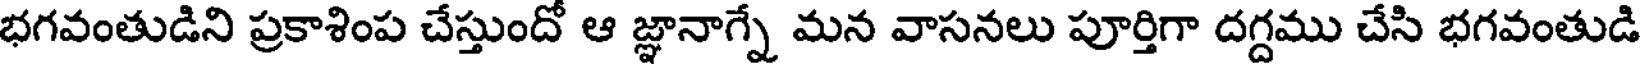
భగవంతుడిని ప్రకాశింప చేస్తుందో ఆ జ్ఞానాగ్నే మన వాసనలు పూర్తిగా దగ్దము చేసి భగవంతుడి